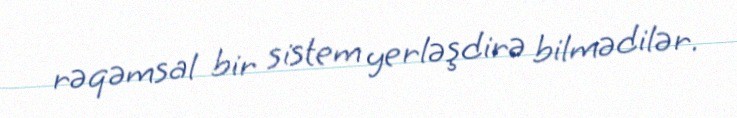
rəqəmsal bir sistem yerləşdirə bilmədilər.